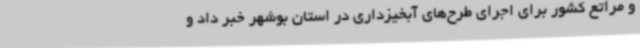
و مراتع کشور برای اجرای طرح‌های آبخیزداری در استان بوشهر خبر داد و